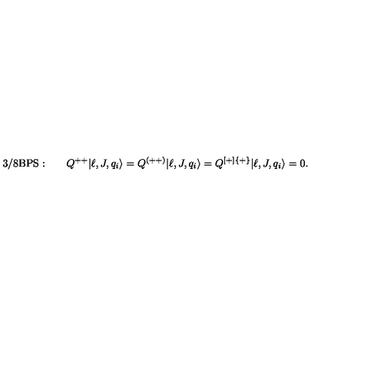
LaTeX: \mathrm { 3 / 8 B P S : } \qquad Q ^ { + + } | \ell , J , q _ { i } \rangle = Q ^ { ( + + ) } | \ell , J , q _ { i } \rangle = Q ^ { [ + ] \{ + \} } | \ell , J , q _ { i } \rangle = 0 .